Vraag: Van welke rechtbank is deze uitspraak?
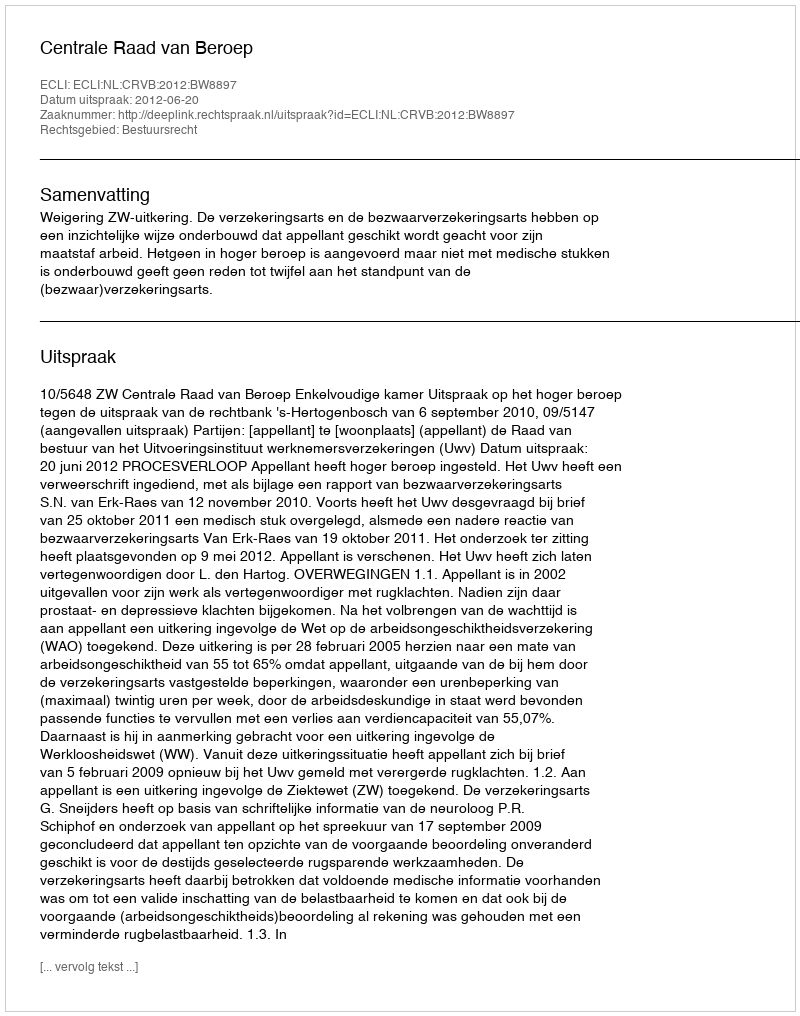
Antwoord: Centrale Raad van Beroep